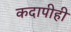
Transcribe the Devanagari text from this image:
कदापीही